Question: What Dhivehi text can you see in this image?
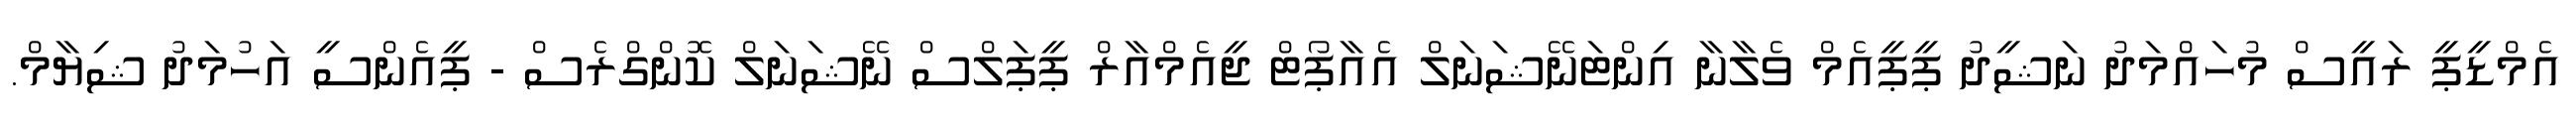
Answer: އެމްޑީޕީ ރައީސް މުހައްމަދު ނަޝީދު ޕީޕީއެމް ވެލާނާ އިންޓަނޭޝަނަލް އެއާޕޯޓް ޖީއެމްއާރް ޕީޕަލްސް ނޭޝަނަލް ކޮންގްރެސް - ޕީއެންސީ އަހުމަދު ޝިޔާމް.